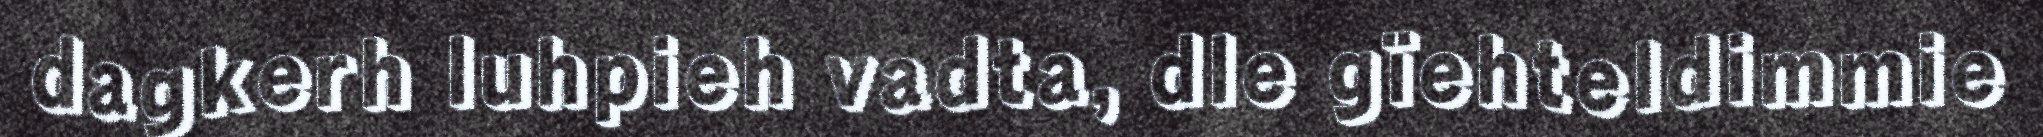
dagkerh luhpieh vadta, dle gïehteldimmie